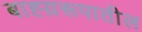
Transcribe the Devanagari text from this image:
बाह्य़रूपातील